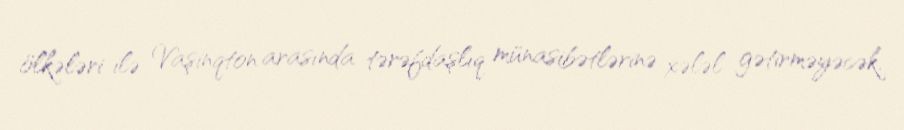
ölkələri ilə Vaşinqton arasında tərəfdaşlıq münasibətlərinə xələl gətirməyəcək.